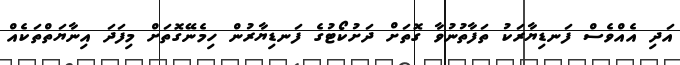
އަދި އެއްވެސް ފަނޑިޔާރަކު ތަފާތުނުވާ ގޮތަށް ދަށުކޯޓުގެ ފަނޑިޔާރުން ހިމެނޭގޮތަށް މިފަދަ އިނާޔަތްތަކެއް